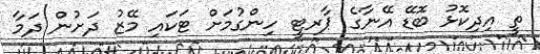
ތީ އިދިކޮޅު ބޮޑޭ އޭނާގެ ޕާރޓީ ހިންގުމަށް ޓަކައި މޭޒު ދަށުން ދަމާ